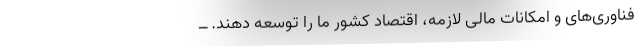
فناوری‌های و امکانات مالی لازمه، اقتصاد کشور ما را توسعه دهند. ــ